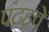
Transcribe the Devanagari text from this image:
पंद्रहवे